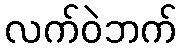
လက်ဝဲဘက်